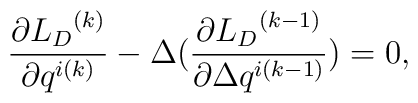
\frac{\partial{{L}_D}^{(k)}}{\partial q^{i (k)}}-\Delta (\frac{\partial{{L}_D}^{(k-1)}}{\partial \Delta q^{i(k-1)}})=0,